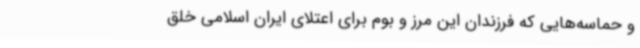
و حماسه‌هایی که فرزندان این مرز و بوم برای اعتلای ایران اسلامی خلق